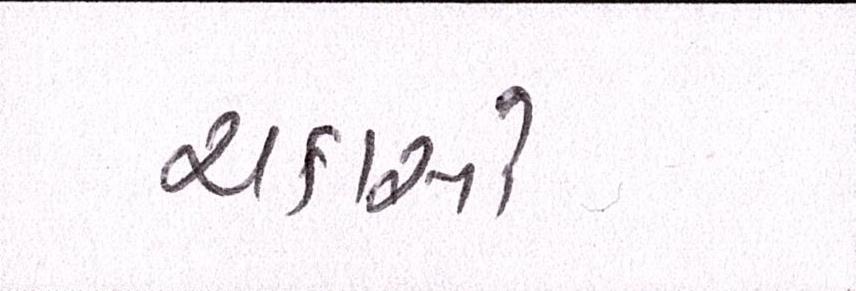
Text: ચકાસો